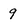
Character: 9